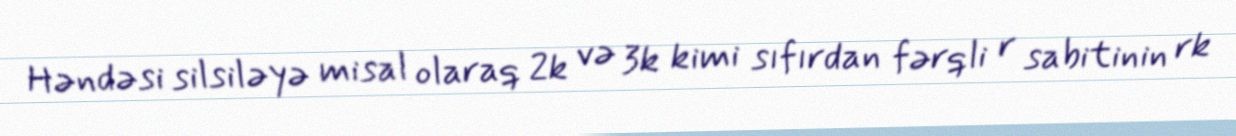
Həndəsi silsiləyə misal olaraq 2k və 3k kimi sıfırdan fərqli r sabitinin rk